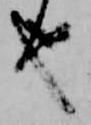
也